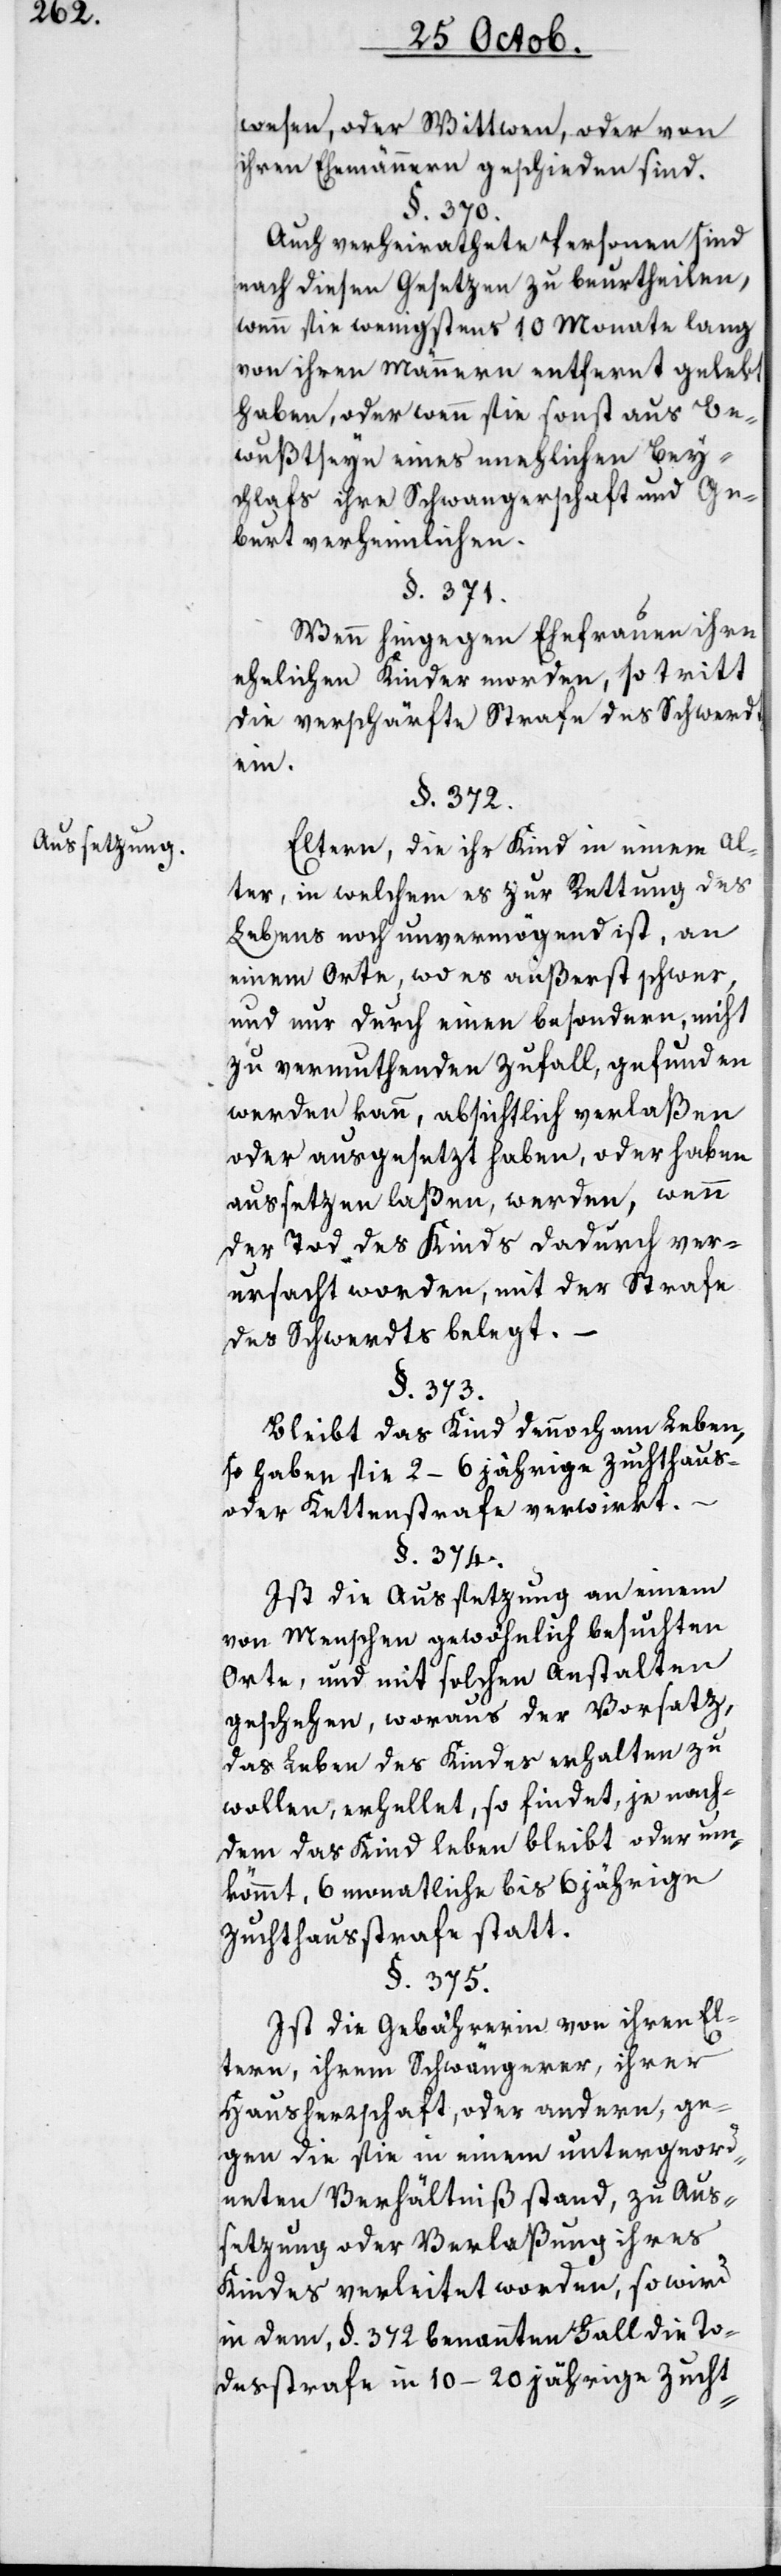
Aussetzung.

wesen, oder Wittwen, oder von
ihren Ehemännern geschieden sind.
§. 370.
Auch verheyrathete Personen sind
nach diesen Gesetzen zu beurtheilen,
wenn sie wenigstens 10 Monate lang
von ihren Männern entfernt gelebt
haben, oder wenn sie sonst aus Be¬
wußtseyn eines unehlichen Bey¬
schlafs ihre Schwangerschaft und Ge¬
burt verheimlichen.
§. 371.
Wenn hingegen Ehefrauen ihre
ehelichen Kinder morden, so tritt
die verschärfte Strafe des Schwerdts
ein.
§. 372.
Eltern, die ihr Kind in einem Al¬
ter, in welchem es zur Rettung des
Lebens noch unvermögend ist, an
einem Orte, wo es äußerst schwer,
und nur durch einen besondern, nicht
zu vermuthenden Zufall, gefunden
werden kann, absichtlich verlaßen
oder ausgesetzt haben, oder haben
aussetzen laßen, werden, wenn
der Tod des Kinds dadurch ver¬
ursacht worden, mit der Straf
des Schwerdts belegt.
§. 373.
Bleibt das Kind dennoch am Leben,
so haben sie 2–6 jährige Zuchthaus-
oder Kettenstrafe verwirkt.
§. 374.
Ist die Aussetzung an einem
von Menschen gewöhnlich besuchten
Orte, und mit solchen Anstalten
geschehen, woraus der Vorsatz,
das Leben des Kindes erhalten zu
wollen, erhellet, so findet, je nach¬
dem das Kind leben bleibt oder um¬
kömmt, 6 monatliche bis 6 jährige
Zuchthausstrafe statt.
§. 375.
Ist die Gebährerin von ihren El¬
tern, ihrem Schwängerer, ihrer
Hausherrschaft, oder andern, ge¬
gen die sie in einem untergeord¬
neten Verhältniß stand, zu Aus¬
setzung oder Verlaßung ihres
Kindes verleitet worden, so wird
in dem, §. 372 benannten Fall die To¬
desstrafe in 10–20 jährige Zucht-